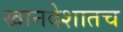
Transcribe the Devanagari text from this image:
खानदेशातच